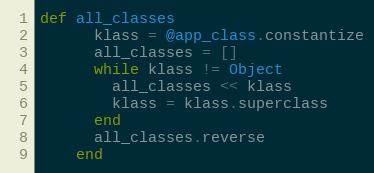
Language: Ruby
def all_classes
      klass = @app_class.constantize
      all_classes = []
      while klass != Object
        all_classes << klass
        klass = klass.superclass
      end
      all_classes.reverse
    end